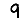
Digit: 9